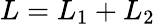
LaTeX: L=L_{1}+L_{2}